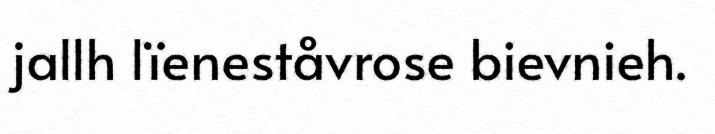
jallh lïeneståvrose bievnieh.